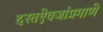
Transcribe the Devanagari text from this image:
दस्तऐवजांप्रमाणे